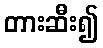
တားဆီး၍